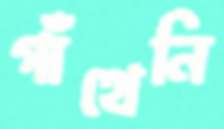
গাঁথেনি